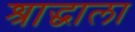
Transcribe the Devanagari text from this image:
श्राद्धाला